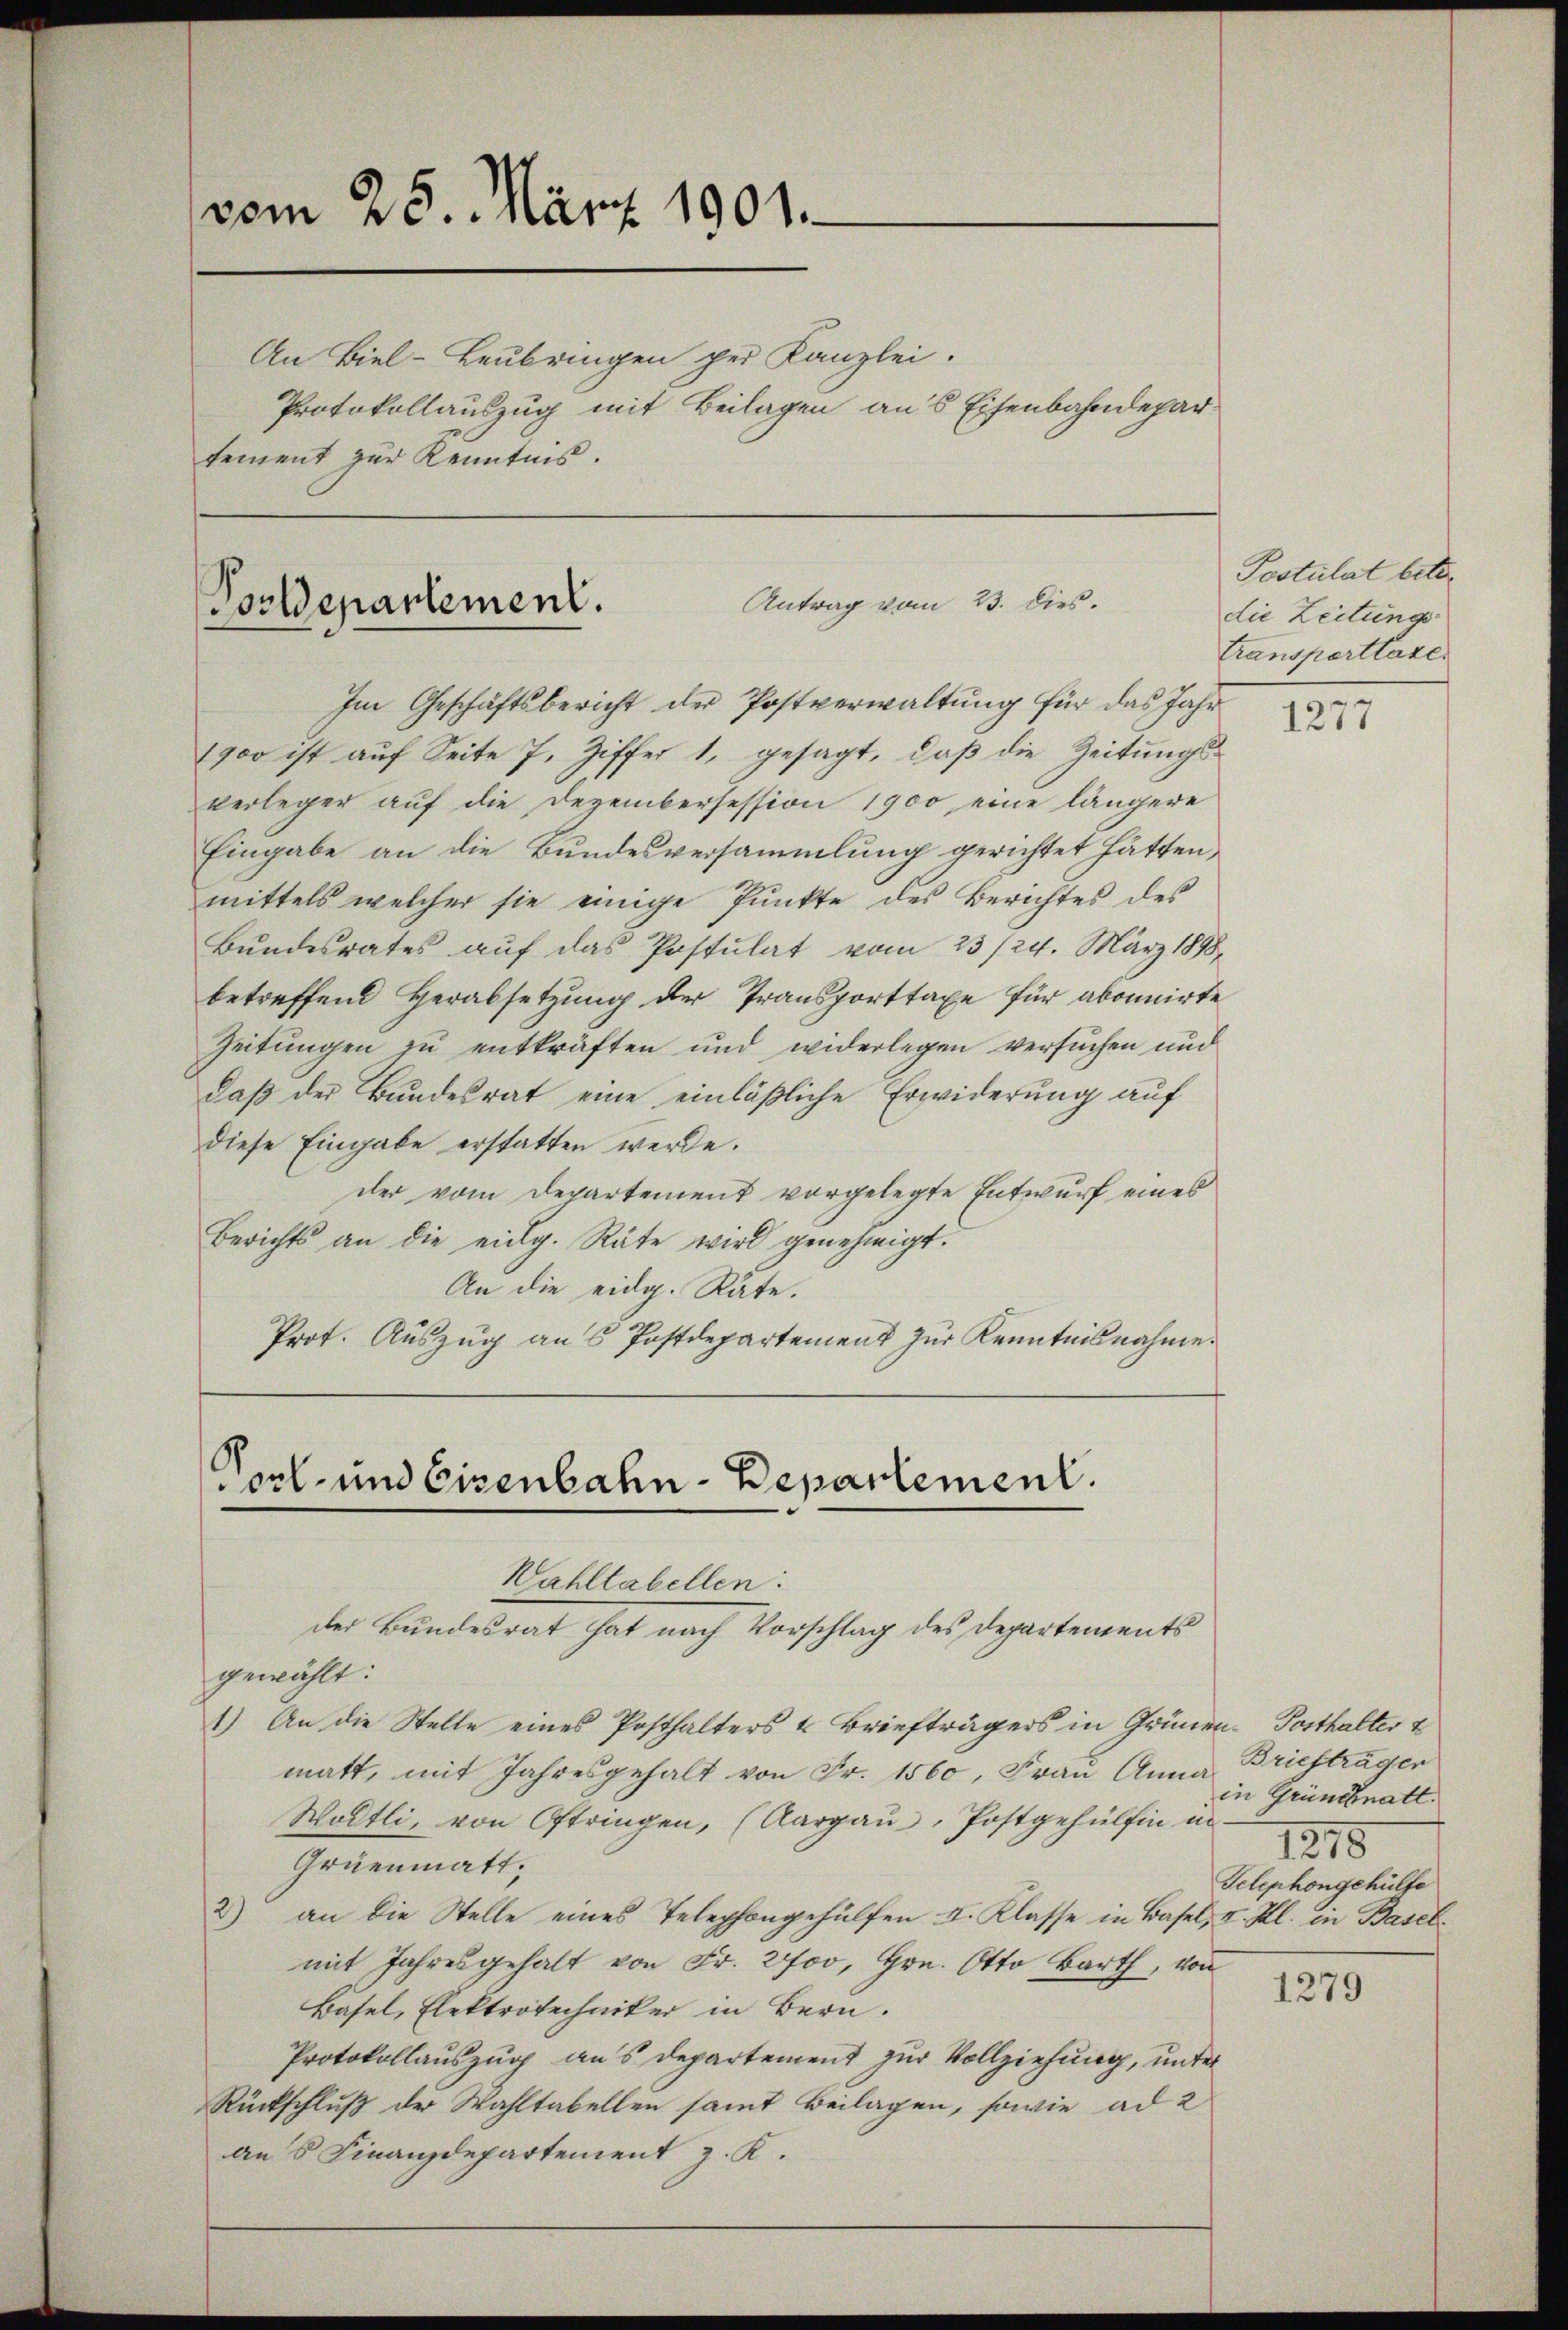
vom 25. März 1901.
An Biel-Leubringen per Kanzlei.
Protokollauszug mit Beilagen aus Eisenbahndepartement zur Kenntnis.

Antrag vom 23. Dies.
Postdepartement.

C
sorl- und Eisenbahn-Departement.
Wahltabellen:
der Bundesrat hat nach Vorschlag des Departements

Im Geschäftsbericht der Postverwaltung für das Jahr
1900 ist auf Seite 7, Ziffer 1, gesagt, daß die Zeitungsverleger auf die Dezembersession 1900 eine längere
Eingabe an die Bundesversammlung gerichtet hätten,
mittels welcher sie einige Punkte des Berichtes des
Bundesrates auf das Postulat vom 23/24. März 1898
betreffend Herabsetzung der Transporttaxe für abonnirte
Zeitungen zu entkräften und widerlegen versuchen und
daß der Bundesrat eine einläßliche Erwiderung auf
diese Eingabe erstatten werde.
der vom Departement vorgelegte Entwurf eines
Berichts an die eidg. Räte wird genehmigt.
An die eidg. Räte.
Prof. Auszug aus Postdepartement zur Kenntnisnahme.

gewählt:
1.) An die Stelle eines Posthalters & Briefträgers in Grünen Posthalter
matt, mit Jahresgehalt von Fr. 1560, Frau Anna
Wodtli, von Oftringen, (Aargaŭ, Postgehülfen in-
Gruenmatt.
2) an die Stelle eines Telephongehülfen I. Klasse in Basel, I. Kl. in Basel
mit Jahresgehalt von Fr. 200, Hrn. Otto Barth, von
Basel, Elektrotechniker in Bern.
Protokollauszug aus Departement zur Vollziehung, unter
Rückschluß der Wahltabellen samt Beilagen, sowie ad 2
An 5 Finanzdepartement z. K.

Postulat betr.
die Zeitungs-
transportlate.

1277

Briefträger
in Gründknatt.
1215
Telephongehülfe

1279